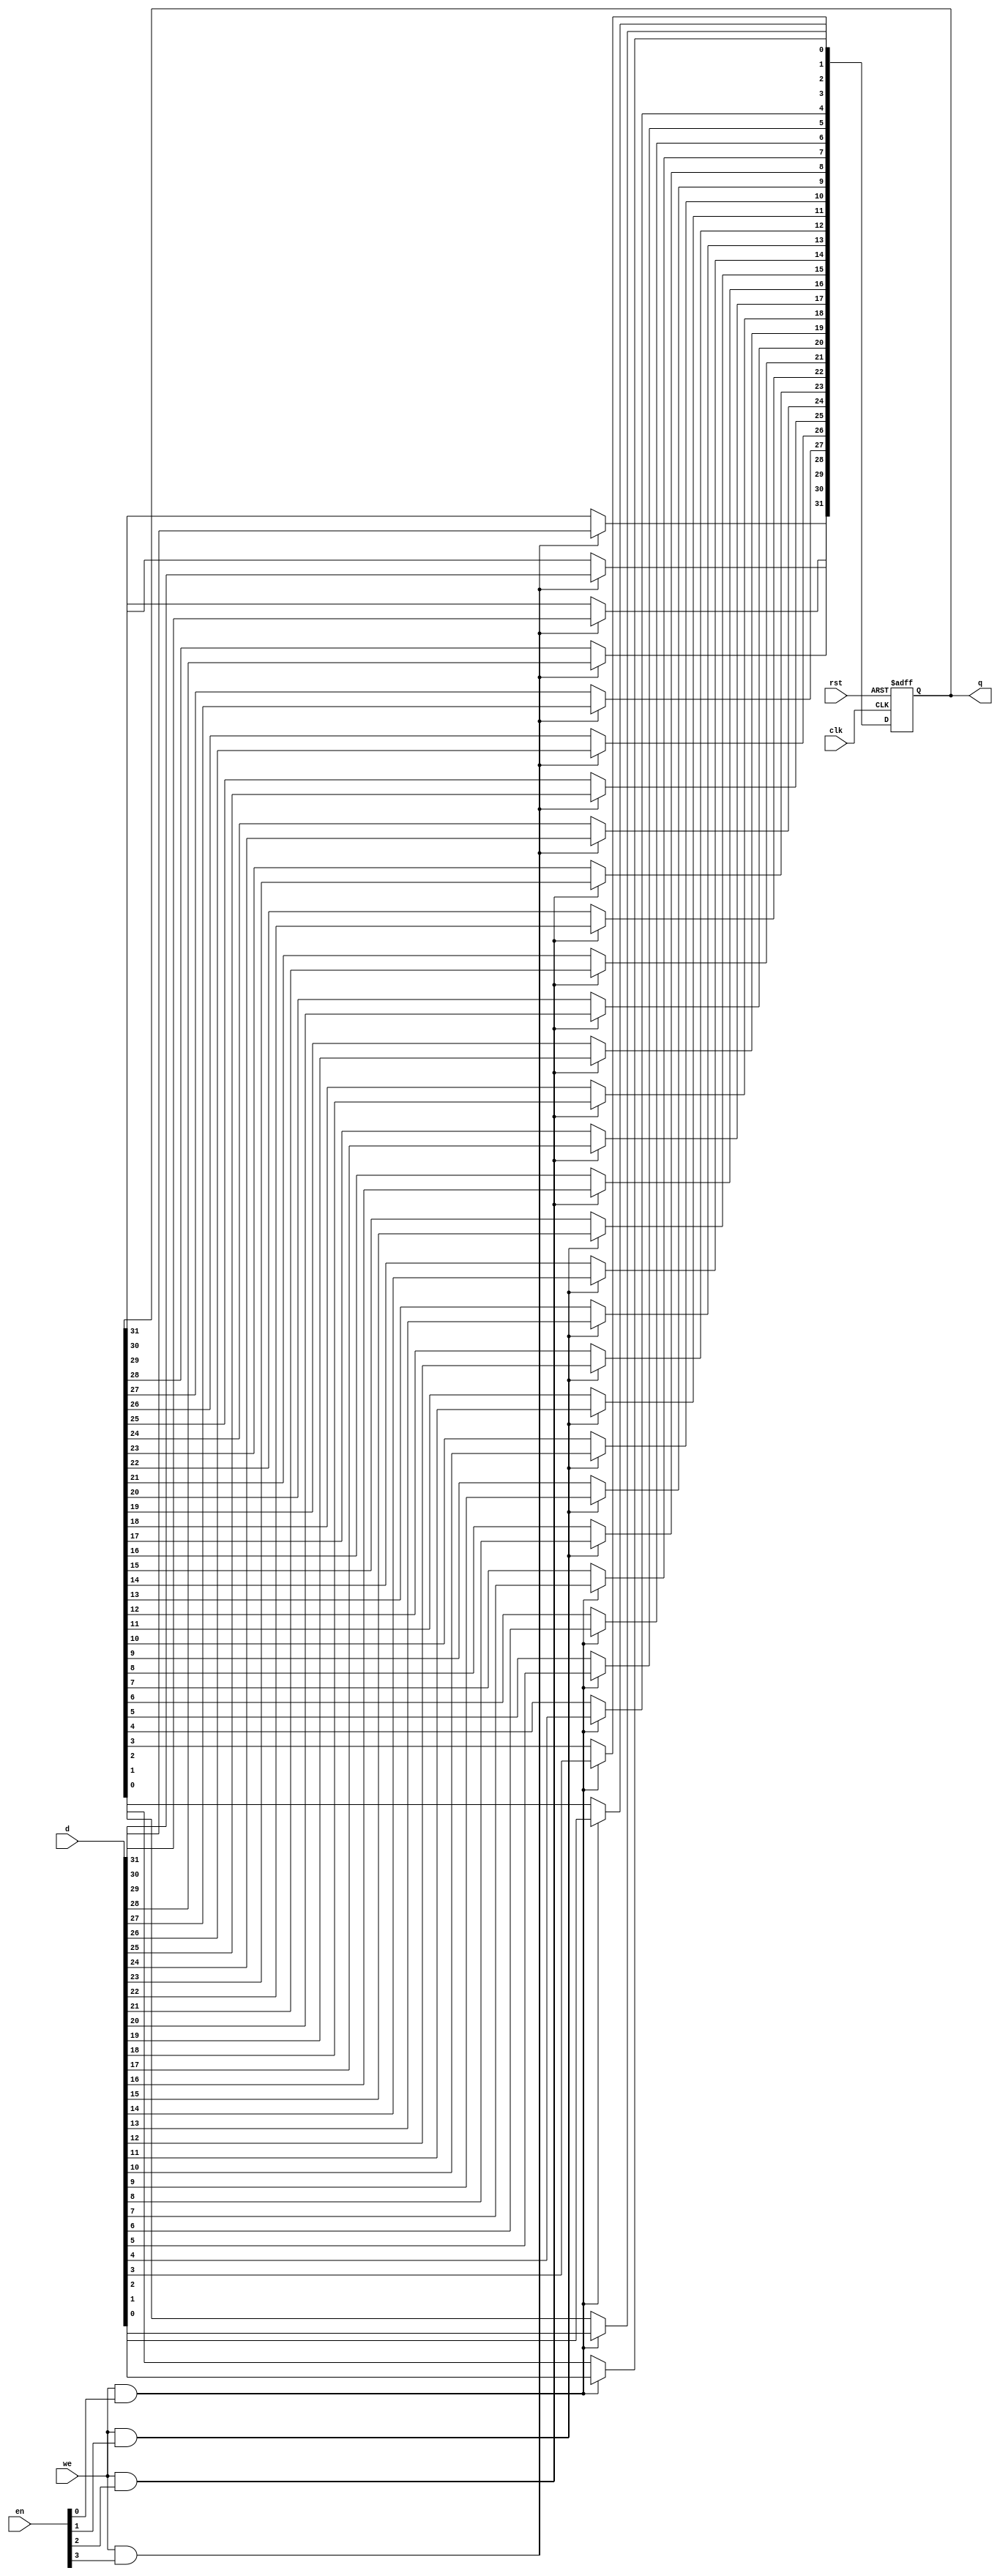
module byte_en_reg (
    clk,
    rst,
    we,
    en,
    d,
    q
    );

parameter DATA_W = 32;
parameter INIT_VAL = {DATA_W{1'b0}};

input clk;
input rst;
input we;
input [(DATA_W-1)/8:0] en;
input [DATA_W-1:0] d;
output reg [DATA_W-1:0] q;

integer i;

always @(posedge clk or posedge rst)
begin
    if (rst == 1)
        q <= INIT_VAL;
    else
        for (i = 0; i < DATA_W; i = i + 1)
            if (we && en[i/8])
                q[i] <= d[i];
end

endmodule